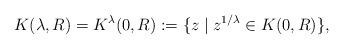
LaTeX: \begin{align*}K(\lambda ,R) = K^\lambda (0,R) := \{z\mid z^{1/\lambda}\in K(0,R)\},\end{align*}